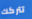
تتركك